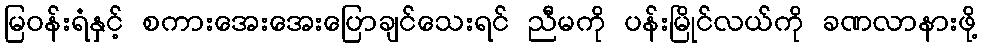
မြဝန်းရံနှင့် စကားအေးအေးပြောချင်သေးရင် ညီမကို ပန်းမြိုင်လယ်ကို ခဏလာနားဖို့